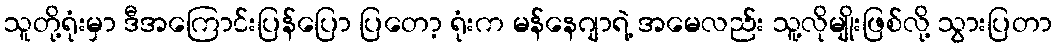
သူတို့ရုံးမှာ ဒီအကြောင်းပြန်ပြော ပြတော့ ရုံးက မန်နေဂျာရဲ့ အမေလည်း သူ့လိုမျိုးဖြစ်လို့ သွားပြတာ